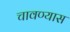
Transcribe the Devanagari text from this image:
चावण्यास